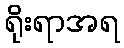
ရိုးရာအရ